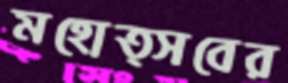
মহোত্সবের